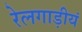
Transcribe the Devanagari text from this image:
रेलगाड़ीयं